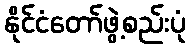
နိုင်ငံတော်ဖွဲ့စည်းပုံ